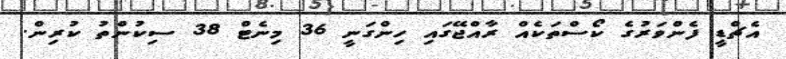
އެޗްޑީ ފެންވަރުގެ ކޯސްތަކެއް ރާއްޖޭގައި ހިންގަނީ 36 މިނެޓް 38 ސިކުންތު ކުރިން.